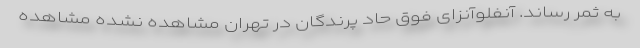
به ثمر رساند. آنفلوآنزای فوق حاد پرندگان در تهران مشاهده نشده مشاهده